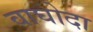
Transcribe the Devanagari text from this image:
वाघोदा